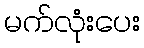
မက်လုံးပေး